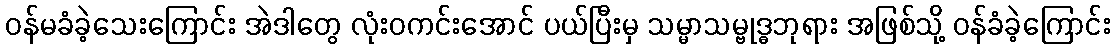
ဝန်မခံခဲ့သေးကြောင်း အဲဒါတွေ လုံးဝကင်းအောင် ပယ်ပြီးမှ သမ္မာသမ္ဗုဒ္ဓဘုရား အဖြစ်သို့ ဝန်ခံခဲ့ကြောင်း